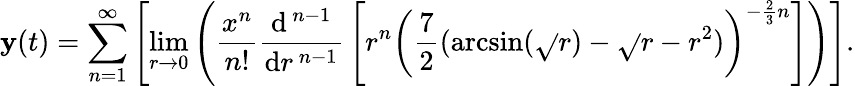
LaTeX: \mathbf{y}(t)=\sum_{n=1}^{\infty}\left[\operatorname*{lim}_{r\to0}\left({\frac{{x^{n}}}{{n!}}}{\frac{{\mathrm{{d}}^{\, n-1}}}{{\mathrm{{d}}r^{\, n-1}}}}\left[r^{n}\left({\frac{{7}}{{2}}}(\arcsin({\sqrt{}{{r}}})-{\sqrt{}{{r-r^{2}}}})\right)^{-{\frac{{2}}{{3}}}n}\right]\right)\right].